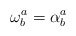
\begin{align*}\mathbf{\omega }_{b}^{a}=\mathbf{\alpha }_{b}^{a}\end{align*}